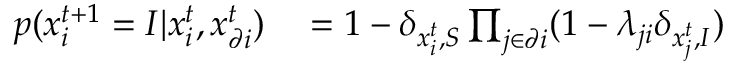
\begin{array} { r l } { p ( x _ { i } ^ { t + 1 } = I | x _ { i } ^ { t } , x _ { \partial i } ^ { t } ) } & { { } = 1 - \delta _ { x _ { i } ^ { t } , S } \prod _ { j \in \partial i } ( 1 - \lambda _ { j i } \delta _ { x _ { j } ^ { t } , I } ) } \end{array}